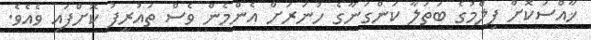
ޚާއްސަކޮށް ފިލްމުގެ ބަތަލާ ކަންގަނާގެ ހުނަރަށް އެންމެން ވެސް ތައުރީފު ކޮށްފައި ވެއެވެ.